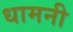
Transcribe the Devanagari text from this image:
धामनी